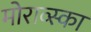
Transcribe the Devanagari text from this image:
मोराव्स्का